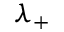
\lambda _ { + }